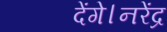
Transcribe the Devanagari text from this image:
देंगे।नरेंद्र